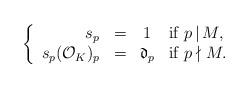
LaTeX: \begin{align*}\left\{\begin{array}{rccl}s_p&=&1 & \textrm{if}~p\,|\,M,\\s_p(\mathcal{O}_K)_p&=&\mathfrak{d}_p & \textrm{if}~p\nmid M.\end{array}\right.\end{align*}